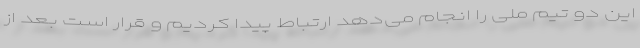
این دو تیم ملی را انجام می‌دهد ارتباط پیدا کردیم و قرار است بعد از